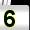
Digit: 5